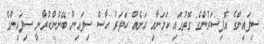
ސިފައިންގެ އޮފިސަރުންގެ ގޮތުގައި ކަމަށާއި އަނެއް ހަތަރު ހާސް ސިފައިން ބޭނުންކުރާނީ ސިފައިންގެ